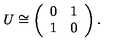
U \cong \left( \begin{array} { c c } { 0 } & { 1 } \\ { 1 } & { 0 } \\ \end{array} \right) .